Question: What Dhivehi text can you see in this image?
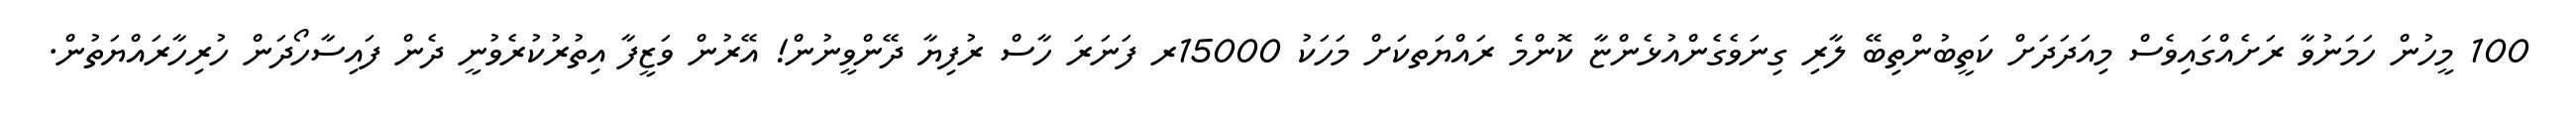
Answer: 100 މީހުން ހަމަނުވާ ރަށެއްގައިވެސް މިއަދަދަށް ކަތީބުންތިބޭ ލާރި ގިނަވެގެންއުޅެންޏާ ކޮންމެ ރައްޔަތކަށް މަހަކު 15000ރ ފަނަރަ ހާސް ރުފިޔާ ދޭންވީނުން! އޭރުން ވަޒީފާ އިތުރުކުރެވުނީ ދެން ފައިސާހޯދަން ހުރިހާރައްޔަތުން.